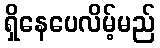
ရှိနေပေလိမ့်မည်